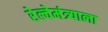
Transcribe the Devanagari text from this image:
रेल्वेमंत्र्याला